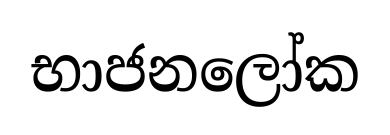
භාජනලෝක